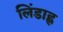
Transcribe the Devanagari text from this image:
लिंडाह्ल